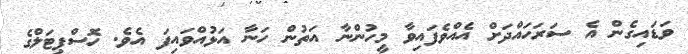
ވަޑައިގެން އެ ސަރަހައްދަށް އެއްވެފައިވާ މީހުންނާ އަތުން ހަނާ އަޅުއްވައިފަ އެވެ. ހޮސްޕިޓަލްގެ